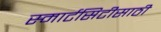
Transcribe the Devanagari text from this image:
स्मार्टसिटीसाठी